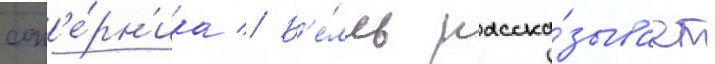
соп'е́рн'ика // Б'е́лль расска́зывает